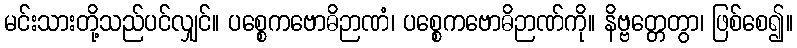
မင်းသားတို့သည်ပင်လျှင်။ ပစ္စေကဗောဓိဉာဏံ၊ ပစ္စေကဗောဓိဉာဏ်ကို။ နိဗ္ဗတ္တေတွာ၊ ဖြစ်စေ၍။